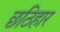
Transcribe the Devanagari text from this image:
छठिहार